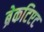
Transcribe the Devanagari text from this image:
ब्रेकटिएट